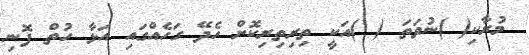
މުރާކި( )ނުވަތަ ( )އަކީ ތިރިތިރިކޮށް ހެދޭ ގަހެއްގައި އަޅާ ހުތް ފޮނި